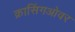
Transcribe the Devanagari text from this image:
क्रासिंगओवर